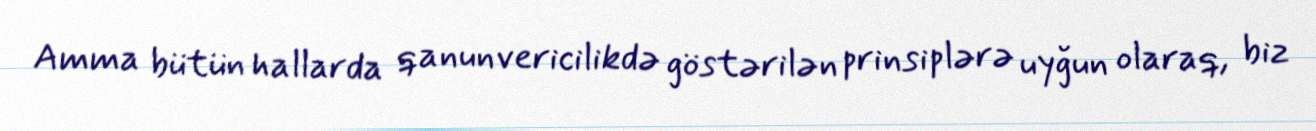
Amma bütün hallarda qanunvericilikdə göstərilən prinsiplərə uyğun olaraq, biz